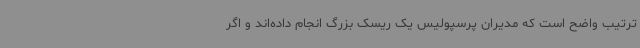
ترتیب واضح است که مدیران پرسپولیس یک ریسک بزرگ انجام داده‌اند و اگر